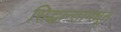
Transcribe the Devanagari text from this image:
सिद्धान्तामधून